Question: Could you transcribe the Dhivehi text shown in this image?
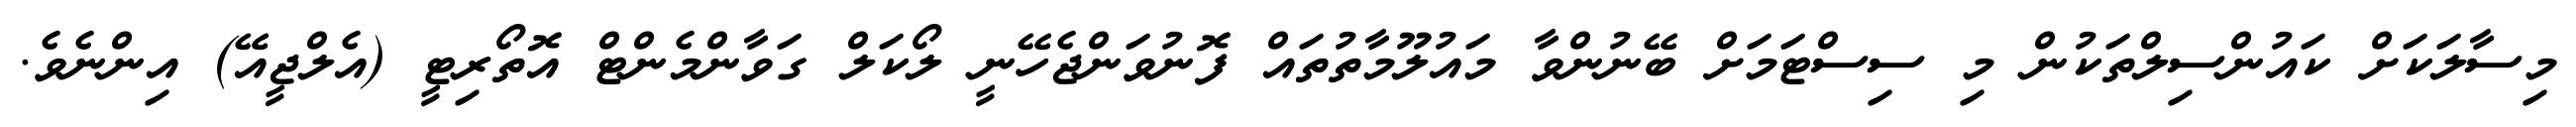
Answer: މިސާލަކަށް ކައުންސިލްތަކުން މި ސިސްޓަމަށް ބޭނުންވާ މައުލޫމާތުތައް ފޮނުވަންޖެހޭނީ ލޯކަލް ގަވާންމެންޓް އޮތޯރިޓީ (އެލްޖީއޭ) އިންނެވެ.